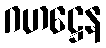
ဂဟဋ္ဌေန